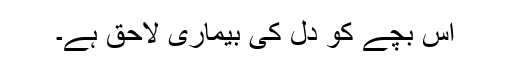
اس بچے کو دل کی بیماری لاحق ہے۔